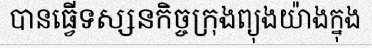
បានធ្វើទស្សនកិច្ចក្រុងព្យុងយ៉ាងក្នុង